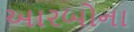
આરબોના